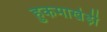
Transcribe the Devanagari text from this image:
हुकमाखेड़ी